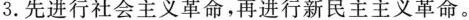
3.先进行社会主义革命，再进行新民主主义革命。